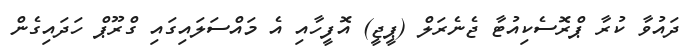
ދައުވާ ކުރާ ޕްރޮސެކިއުޓާ ޖެނެރަލް (ޕީޖީ) އޮފީހާއި އެ މައްސަލައިގައި ގްރޫޕް ހަދައިގެން